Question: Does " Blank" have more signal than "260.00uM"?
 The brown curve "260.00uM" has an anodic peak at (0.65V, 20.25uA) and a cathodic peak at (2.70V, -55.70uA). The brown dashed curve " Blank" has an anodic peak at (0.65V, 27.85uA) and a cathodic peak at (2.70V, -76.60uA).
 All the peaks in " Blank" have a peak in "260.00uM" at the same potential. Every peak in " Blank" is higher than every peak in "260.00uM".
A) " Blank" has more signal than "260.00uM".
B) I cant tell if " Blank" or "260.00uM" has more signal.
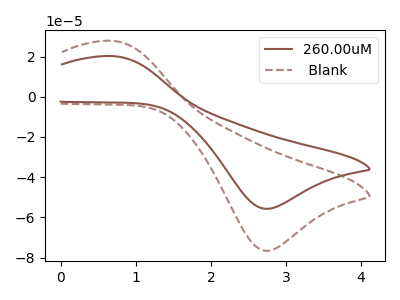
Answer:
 <answer>A) " Blank" has more signal than "260.00uM".</answer>
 <eval>A</eval>